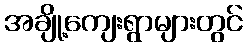
အချို့ကျေးရွာများတွင်